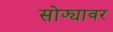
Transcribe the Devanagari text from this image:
सोफ्यावर